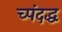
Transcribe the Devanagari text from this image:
च्पंदद्ध